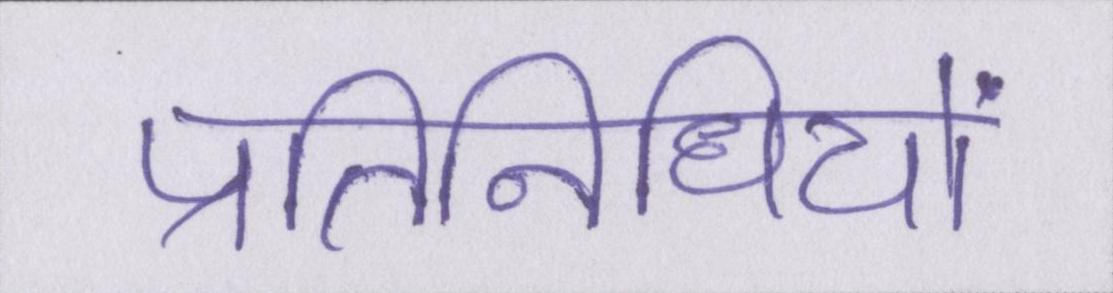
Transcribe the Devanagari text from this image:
प्रतिनिधियों